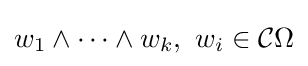
w_{1}\wedge \cdots \wedge w_{k},~w_{i}\in {\mathcal {C}}\Omega